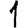
Digit: 1